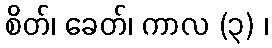
စိတ်၊ ခေတ်၊ ကာလ (၃) ၊